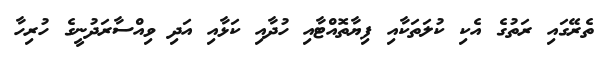
ތެރޭގައި ރަތުގެ އެކި ކުލަތަކާއި ފިޔާތޮއްޓާއި ހުދާއި ކަޅާއި އަދި ވިއްސާރަދުނީގެ ހުރިހާ